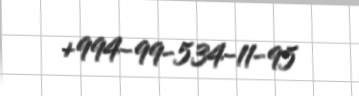
+994-99-534-11-95